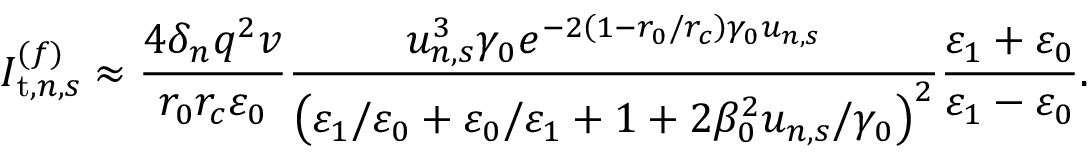
I _ { \mathrm { t } , n , s } ^ { ( f ) } \approx \frac { 4 \delta _ { n } q ^ { 2 } v } { r _ { 0 } r _ { c } \varepsilon _ { 0 } } \frac { u _ { n , s } ^ { 3 } \gamma _ { 0 } e ^ { - 2 \left( 1 - r _ { 0 } / r _ { c } \right) \gamma _ { 0 } u _ { n , s } } } { \left( \varepsilon _ { 1 } / \varepsilon _ { 0 } + \varepsilon _ { 0 } / \varepsilon _ { 1 } + 1 + 2 \beta _ { 0 } ^ { 2 } u _ { n , s } / \gamma _ { 0 } \right) ^ { 2 } } \frac { \varepsilon _ { 1 } + \varepsilon _ { 0 } } { \varepsilon _ { 1 } - \varepsilon _ { 0 } } .